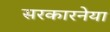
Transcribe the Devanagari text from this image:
सरकारनेया